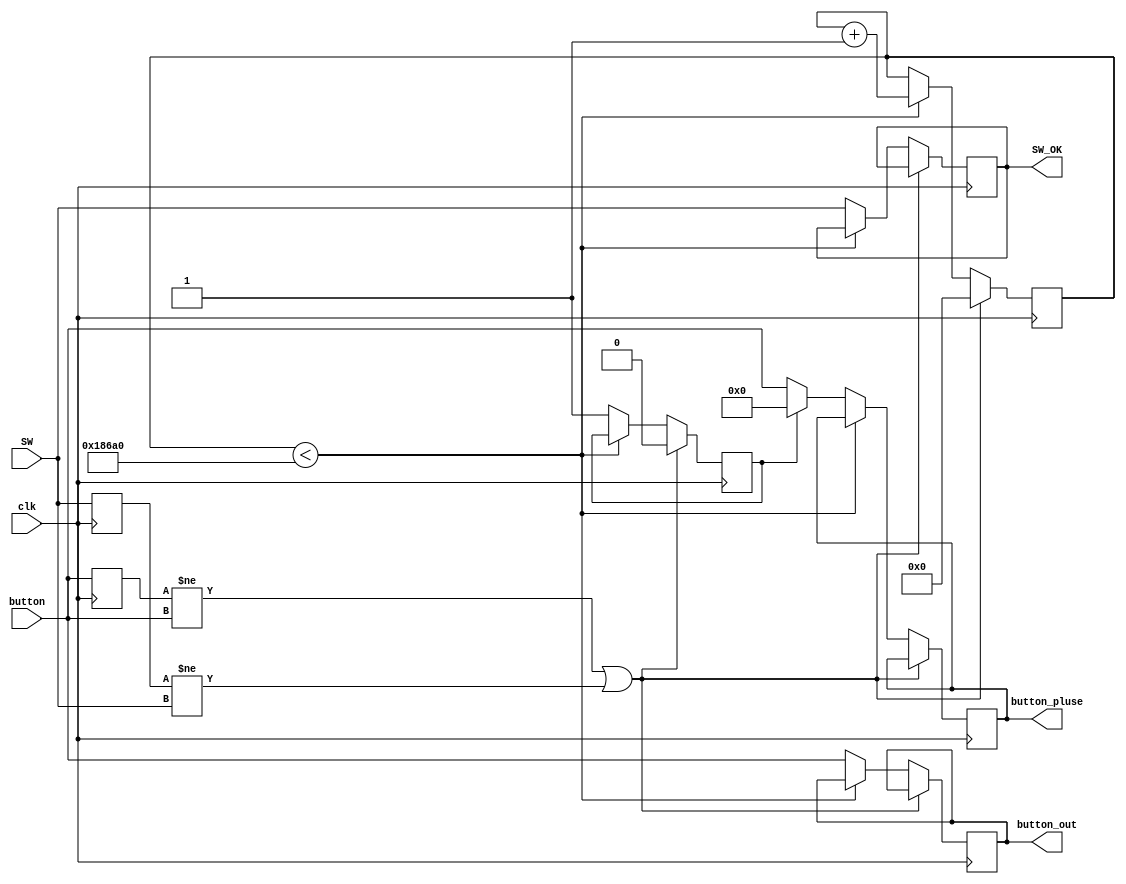
module Anti_jitter(	input wire clk,
							input wire [4:0] button, 
							input wire [7:0] SW,
							output reg [4:0]button_out, 
							output reg [4:0]button_pluse, 
							output reg [7:0] SW_OK
							);

	reg [31:0] counter; 
	reg [4:0] btn_temp; 
	reg [7:0] sw_temp; 
	reg pluse;
	
	always @(posedge clk) begin
		btn_temp <= button;
		sw_temp <= SW;
		if(btn_temp !=button || sw_temp !=SW) begin
			counter <= 32'h00000000; 
			pluse <= 0;
			end
		else if(counter<100000)
			counter<=counter+1;
			else begin 
			button_out<=button; 
			pluse <= 1; 
			if(!pluse)
				button_pluse <= button; 
			else button_pluse <= 0; 
			SW_OK <= SW;
			end
	end

endmodule